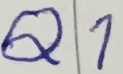
Text: Q1